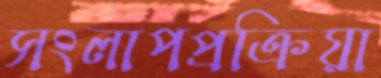
সংলাপপ্রক্রিয়া